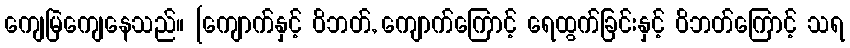
ကျေမြဲကျေနေသည်။ [ကျောက်နှင့် ဝိဘတ်, ကျောက်ကြောင့် ရေထွက်ခြင်းနှင့် ဝိဘတ်ကြောင့် သရ